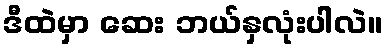
ဒီထဲမှာ ဆေး ဘယ်နှလုံးပါလဲ။